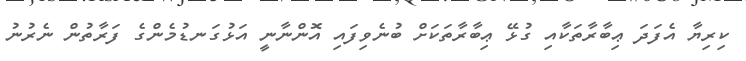
ކިރިޔާ އެފަދަ ޢިބާރާތަކާއި ގުޅޭ ޢިބާރާތަކަށް ބުނެވިފައި އޮންނާނީ އަޅުގަނޑުމެންގެ ފަރާތުން ނެރުނު